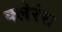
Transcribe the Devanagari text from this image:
क्लेरंस